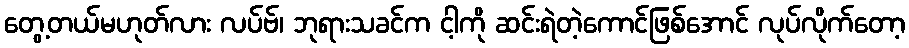
တွေ့တယ်မဟုတ်လား လပ်ဗ်၊ ဘုရားသခင်က ငါ့ကို ဆင်းရဲတဲ့ကောင်ဖြစ်အောင် လုပ်လိုက်တော့